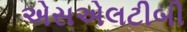
એસએલટીબી